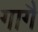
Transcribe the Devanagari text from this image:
गागैं